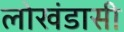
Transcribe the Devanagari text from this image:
लोखंडासी